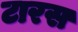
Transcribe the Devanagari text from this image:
टारस